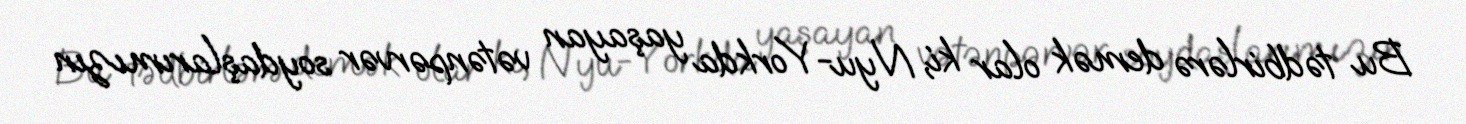
Bu tədbirlərə demək olar ki, Nyu-Yorkda yaşayan vətənpərvər soydaşlarımızın